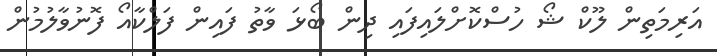
އަރިމަތިން ލޫކް ޝޯ ހުސްކޮށްލައިފައި ދިން ބޯޅަ ވާތު ފައިން ފަލްކާއޯ ފޮނުވާލުމުން